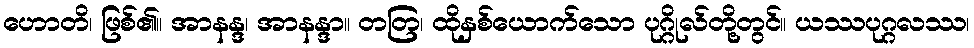
ဟောတိ၊ ဖြစ်၏။ အာနန္ဒ၊ အာနန္ဒာ။ တတြ၊ ထိုနှစ်ယောက်သော ပုဂ္ဂိုလ်တို့တွင်။ ယဿပုဂ္ဂလဿ၊